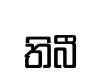
තිබී